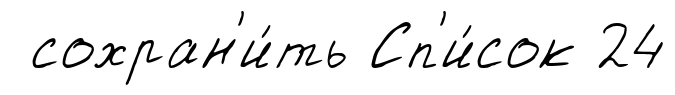
сохран'и́ть Сп'и́сок 24